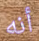
أنه